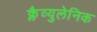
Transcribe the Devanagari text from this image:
क्लैव्युलेनिक